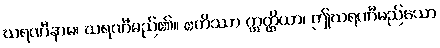
ဃရဏီနာမ၊ ဃရဏီမည်၏။ ဧတိဿာ ဣတ္ထိယာ၊ ဤဃရဏီမည်သော